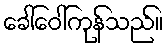
ခေါ်ဝေါ်ကုန်သည်။